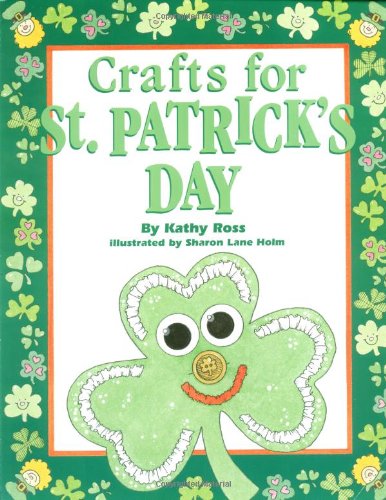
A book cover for Crafts For St. Patrick'S Day (Holiday Crafts for Kids); Kathy Ross; Children's Books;